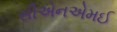
સીએનએમઈ